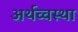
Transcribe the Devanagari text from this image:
अर्थव्वस्था